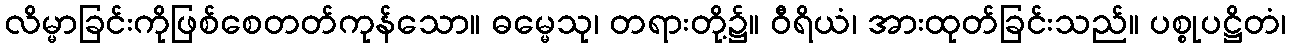
လိမ္မာခြင်းကိုဖြစ်စေတတ်ကုန်သော။ ဓမ္မေသု၊ တရားတို့၌။ ဝီရိယံ၊ အားထုတ်ခြင်းသည်။ ပစ္စုပဋ္ဌိတံ၊